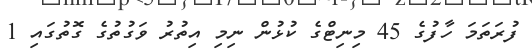
ފުރަތަމަ ހާފުގެ 45 މިނިޓްގެ ކުޅުން ނިމި އިތުރު ވަގުތުގެ ގޮތުގައި 1